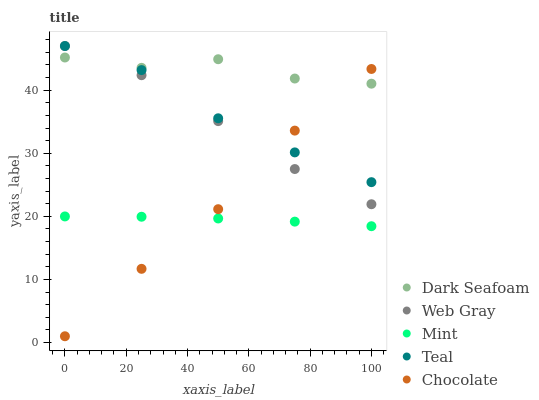
| xaxis_label | Dark Seafoam | Web Gray | Mint | Teal | Chocolate |
 | --- | --- | --- | --- | --- | --- |
 | 0 | 45.2 | 47 | 20 | 47 | 1 |
 | 25 | 43.5 | 42.4 | 19.9 | 43.2 | 11.7 |
 | 50 | 44.9 | 35.1 | 19.7 | 35.5 | 21.1 |
 | 75 | 41.8 | 27.5 | 19.2 | 30.1 | 33.6 |
 | 100 | 41 | 21.9 | 18.4 | 25.4 | 43.4 |